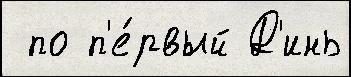
 по п'е́рвый Д'инь